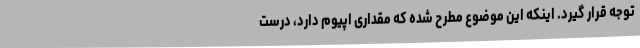
توجه قرار گیرد. اینکه این موضوع مطرح شده که مقداری اپیوم دارد، درست